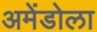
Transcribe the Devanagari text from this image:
अमेंडोला